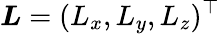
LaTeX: \boldsymbol{L}=(L_{x},L_{y},L_{z})^{\top}